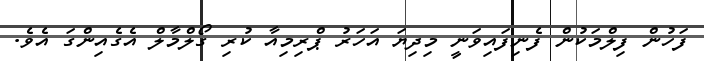
ފަހުން ފިލްމަކުން ފެނިފައިވަނީ މިދިޔަ އަހަރު ޕްރިމިއާ ކުރި ގޯލްމާލް އެގެއިންގަ އެވެ.